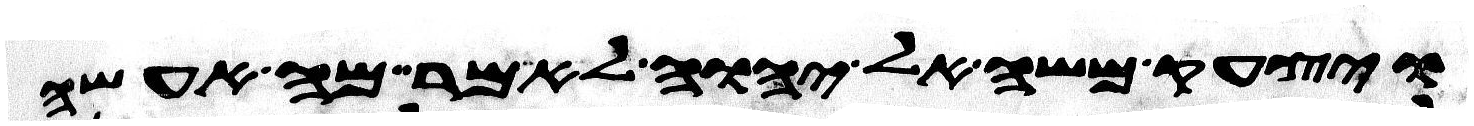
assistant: ויצעק משה אל יהוה לאמר מה אעשה